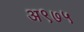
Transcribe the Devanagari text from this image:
अ९७५